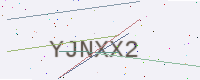
Text: YJNXX2